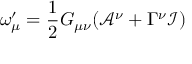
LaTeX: \omega _ { \mu } ^ { \prime } = \frac { 1 } { 2 } G _ { \mu \nu } ( \mathcal { A } ^ { \nu } + \Gamma ^ { \nu } \mathcal { I } )